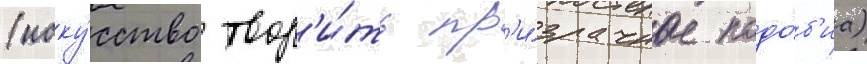
(иску́сство твор'и́ть пр'и́зрачные подо́б'иа)